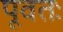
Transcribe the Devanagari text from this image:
पूवतः